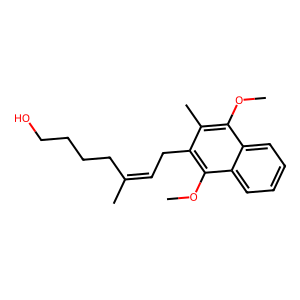
SMILES: COc1c(C)c(CC=C(C)CCCCO)c(OC)c2ccccc12
Inhibits HIV replication: No